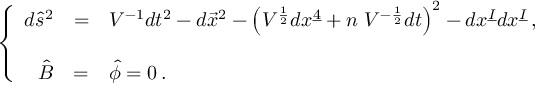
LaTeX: \left\{ \begin{array} { r c l } { { d \hat { s } ^ { 2 } } } & { { = } } & { { V ^ { - 1 } d t ^ { 2 } - d \vec { x } ^ { 2 } - \left( V ^ { \frac { 1 } { 2 } } d x ^ { \underline { { { 4 } } } } + n \ V ^ { - \frac { 1 } { 2 } } d t \right) ^ { 2 } - d x ^ { \underline { { { I } } } } d x ^ { \underline { { { I } } } } \, , } } \\ { { } } & { { } } & { { } } \\ { { \hat { B } } } & { { = } } & { { \hat { \phi } = 0 \, . } } \end{array} \right.